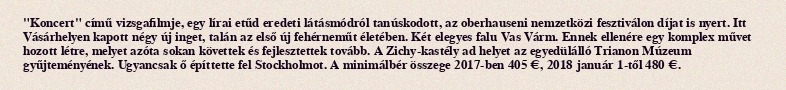
"Koncert" című vizsgafilmje, egy lírai etűd eredeti látásmódról tanúskodott, az oberhauseni nemzetközi fesztiválon díjat is nyert. Itt Vásárhelyen kapott négy új inget, talán az első új fehérneműt életében. Két elegyes falu Vas Várm. Ennek ellenére egy komplex művet hozott létre, melyet azóta sokan követtek és fejlesztettek tovább. A Zichy-kastély ad helyet az egyedülálló Trianon Múzeum gyűjteményének. Ugyancsak ő építtette fel Stockholmot. A minimálbér összege 2017-ben 405 €, 2018 január 1-től 480 €.